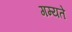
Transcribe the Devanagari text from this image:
गम्यते